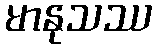
မာနုသဿ